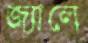
জ্যালে